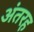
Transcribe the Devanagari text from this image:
अंतरह